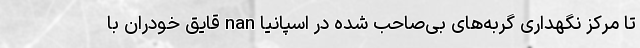
تا مرکز نگهداری گربه‌های بی‌صاحب شده در اسپانیا nan قایق خودران با